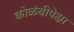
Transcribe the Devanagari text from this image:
कोळंबीपेक्षा